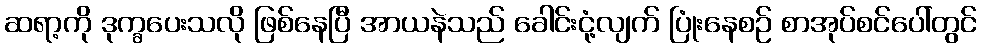
ဆရာ့ကို ဒုက္ခပေးသလို ဖြစ်နေပြီ အာယနဲသည် ခေါင်းငုံ့လျက် ပြုံးနေစဉ် စာအုပ်စင်ပေါ်တွင်